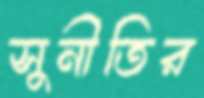
সুনীতির